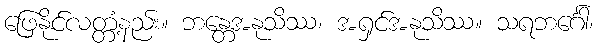
ဖြေနိုင်လတ္တံ့နည်း။ ဘန္တေအနုသိဿ၊ အရှင်အနုသိဿ။ သရဘင်္ဂေါ၊